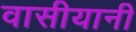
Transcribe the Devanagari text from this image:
वासीयानी